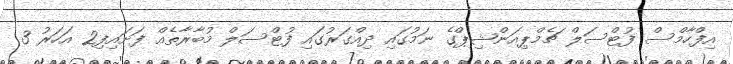
އިފްހާމްސް ފުޓްސަލް ޗެމްޕިއަންޝިޕްގެ ނަމުގައި ދިއްގަރުގައި ފުޓްސަލް މުބާރާތެއް ފަށައިފި2 އަހަރު 3